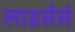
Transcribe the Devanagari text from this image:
लाइसेसं